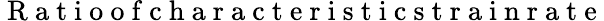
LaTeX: {\mathrm{~R~a~t~i~o~o~f~c~h~a~r~a~c~t~e~r~i~s~t~i~c~s~t~r~a~i~n~r~a~t~e~}}